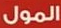
المول